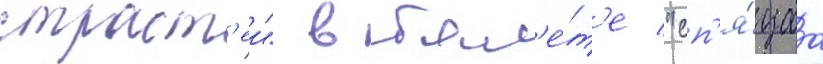
страст'еи" в бал'е́т'е "сп'я́щаа